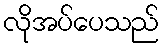
လိုအပ်ပေသည်